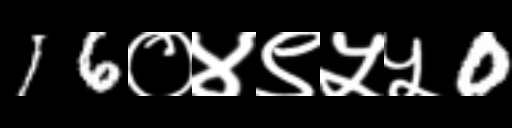
Text: 16०४९५५0